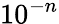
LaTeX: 10^{-n}